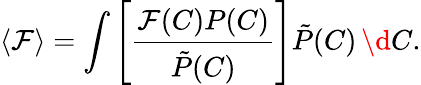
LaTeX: \langle\mathcal{F}\rangle=\int\left[\frac{\mathcal{F}(C)P(C)}{\tilde{P}(C)}\right]\tilde{P}(C)\, \d C.